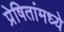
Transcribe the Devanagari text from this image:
प्रेषितांमध्ये